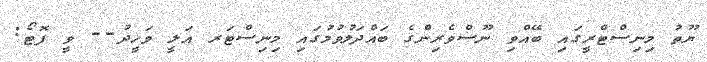
ޔޫތު މިނިސްޓްރީގައި ބޭއްވި ނޫސްވެރިންގެ ބައްދަލުވުމުގައި މިނިސްޓަރ އަލީ ވަހީދު-- ވީ ފޮޓޯ: